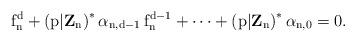
LaTeX: \begin{align*}\mathrm{f_{n}^{d}+\left(p\vert \mathbf{Z}_{n}\right)^{*}\alpha_{n,d-1}\,f_{n}^{d-1}+\dots+\left(p\vert \mathbf{Z}_{n}\right)^{*}\alpha_{n,0}=0.}\end{align*}